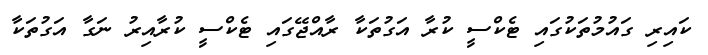
ކައިރި ގައުމުތަކުގައި ޓެކްސީ ކުރާ އަގުތަކާ ރާއްޖޭގައި ޓެކްސީ ކުރާއިރު ނަގާ އަގުތަކާ